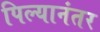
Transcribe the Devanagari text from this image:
पिल्यानंतर